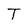
Character: T